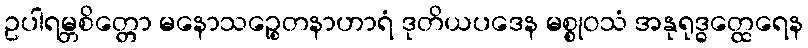
ဥပါရမ္ဘစိတ္တော မနောသဉ္စေတနာဟာရံ ဒုတိယပဒေန မစ္စုဝသံ အနုရုဒ္ဓတ္ထေရေန